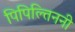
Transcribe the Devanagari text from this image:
पिपिल्तिननी